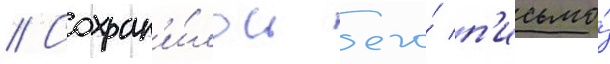
// Сохран'и́лось его́ п'исьмо́